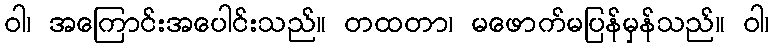
ဝါ၊ အကြောင်းအပေါင်းသည်။ တထတာ၊ မဖောက်မပြန်မှန်သည်။ ဝါ၊